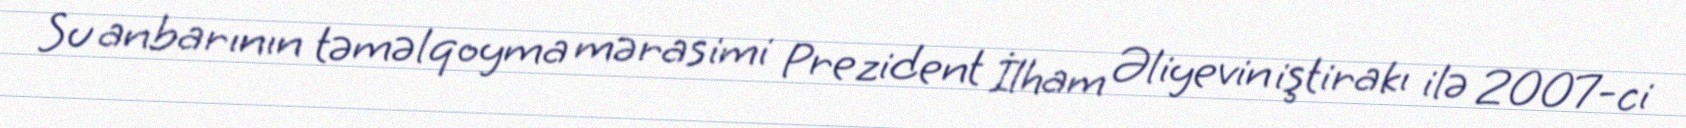
Su anbarının təməlqoyma mərasimi Prezident İlham Əliyevin iştirakı ilə 2007-ci